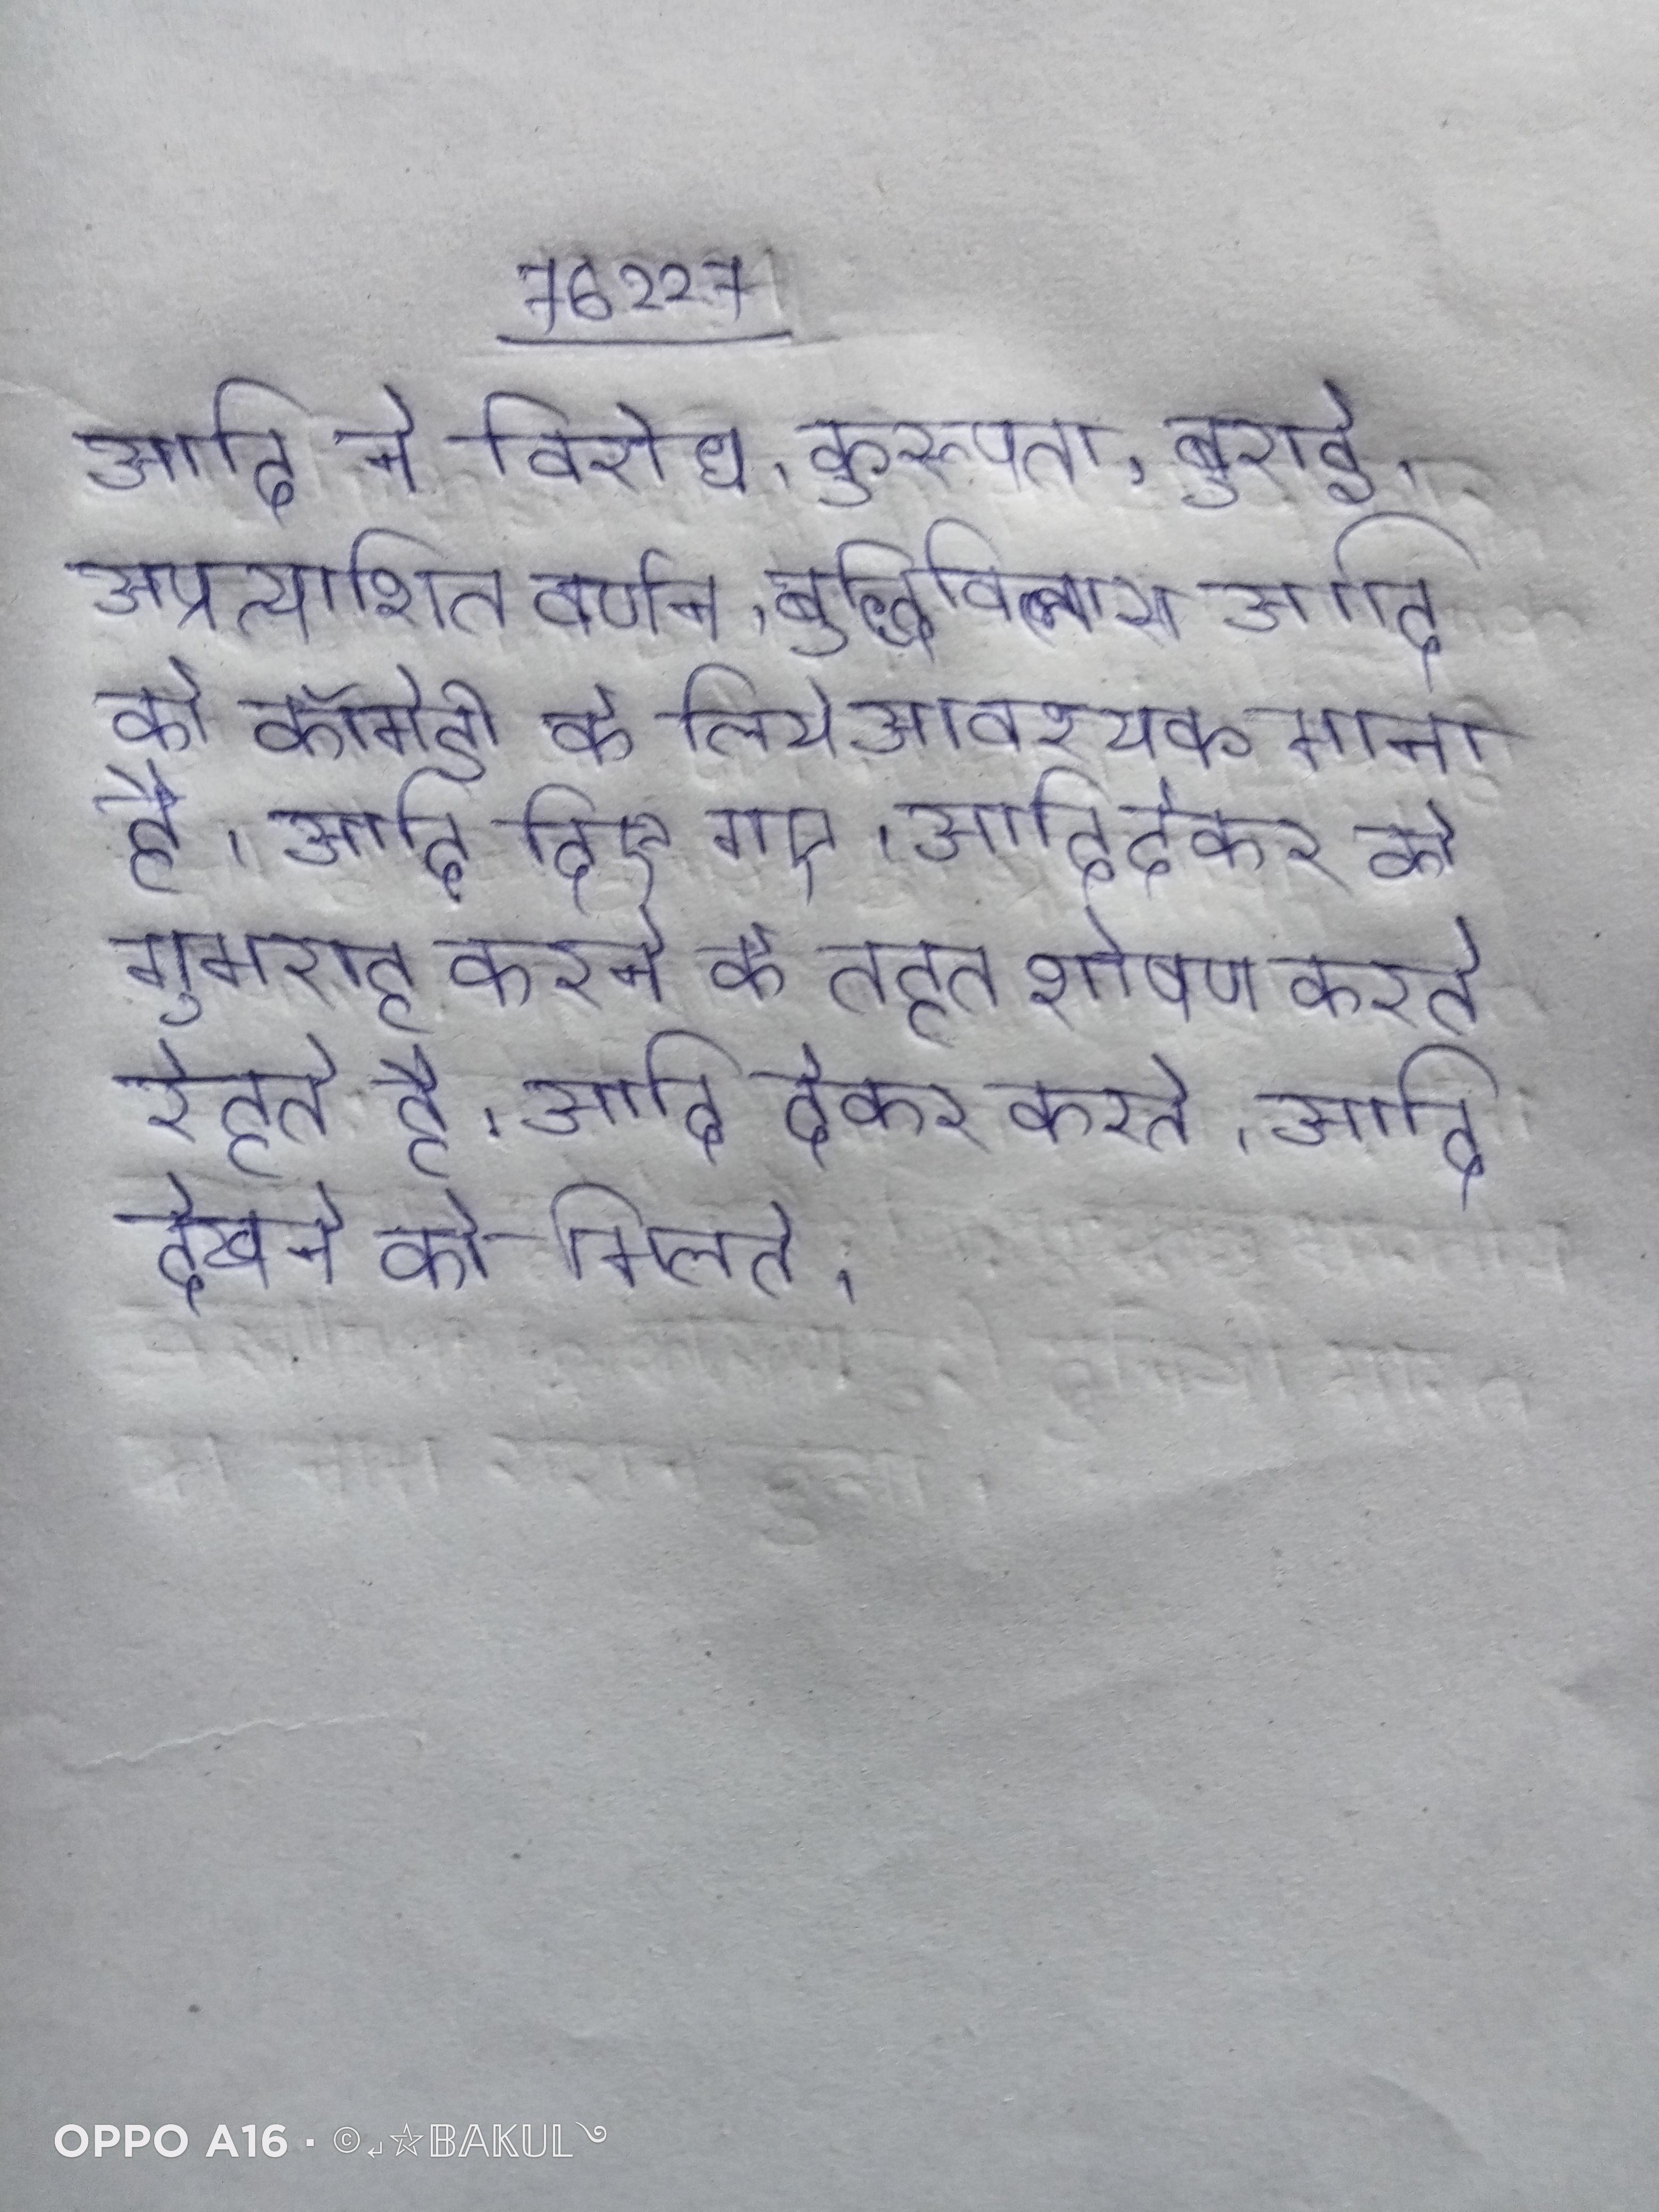
आदि ने विरोध, कुरूपता, बुराई, अप्रत्याशित वर्णन, बुद्धिविलास आदि को कॉमेडी के लिये आवश्यक माना है । आदि दिए गए । आदि देकर को गुमराह करने के तहत शोषण करते रेहते है । आदि देकर करते । आदि देखने को मिलते ।